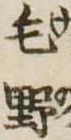
毛野